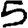
Digit: 5